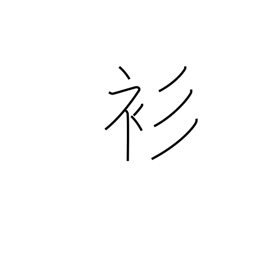
Meaning: thin kimono